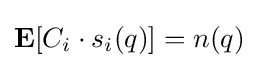
{\mathbf {E}}[C_{i}\cdot s_{i}(q)]=n(q)